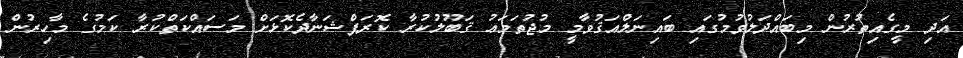
އަދި މީގެއިތުރުން މިބައްދަލުވުމުގައި ބައިނަލްއަޤުވާމީ މުޖުތަމަޢު ޤަބޫލުކުރާ ކޮރަޕްޝަނާދެކޮޅަށް މަސައްކަތްކުރާ ކަމުގެ މާހިރުން